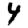
Digit: 4